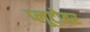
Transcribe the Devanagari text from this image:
प्लूटोवर